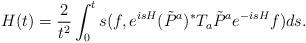
LaTeX: \begin{align*}H(t)=\frac{2}{t^2}\int_0^ts(f,e^{isH}(\tilde P^a)^*T_a\tilde P^ae^{-isH}f)ds.\end{align*}